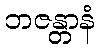
ဘဇန္တာနံ